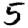
Digit: 5